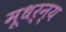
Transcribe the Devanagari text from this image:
मूधर्न्य